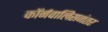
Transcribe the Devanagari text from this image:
कॉर्नवालिसनंतर